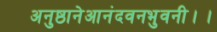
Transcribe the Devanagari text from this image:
अनुष्ठानेआनंदवनभुवनी।।